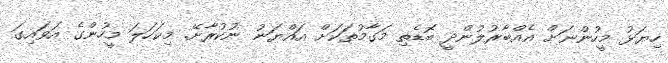
ހިޔަޅު މީހުންނަށް އެއްބާރުލުންދީ ބޮޑެތި މަގާމުތަކަށް އައްޔަނު ނުކުރާށޭ. މިކަހަލަ މީހުންގެ އަވައިގަ